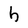
Character: h